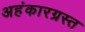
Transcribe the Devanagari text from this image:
अहंकारग्रस्त